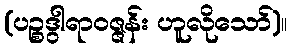
(ပဉ္စဒွါရာဝဇ္ဇန်း ဟူလိုသော်)။